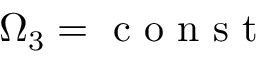
\Omega _ { 3 } = \mathrm { ~ c ~ o ~ n ~ s ~ t ~ }